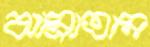
ঝাম্‌রাতাম